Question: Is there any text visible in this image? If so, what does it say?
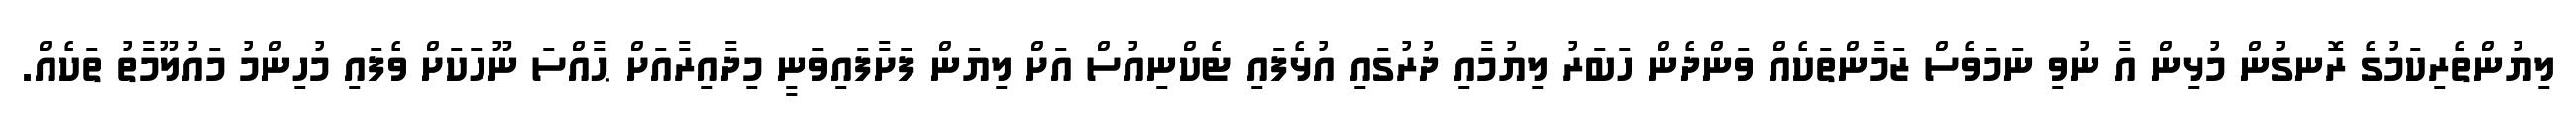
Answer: ލިޔުންތެރިކަމުގެ ރޮނގުން މުޅިން އާ ނުވި ނަމަވެސް ޒަމާންތަކެއް ވަންދެން ހަބަރު ލިޔުމާއި ދުރުގައި އުޅެފައި ޓެކްނިއުސް އަށް ލިޔަން ފަށާފައިވަނީ މިދާއިރާއަށް ޙާއްސަ ނޫހަކަށް ވެފައި މުހިންމު މައުލޫމާތު ތަކެއް.